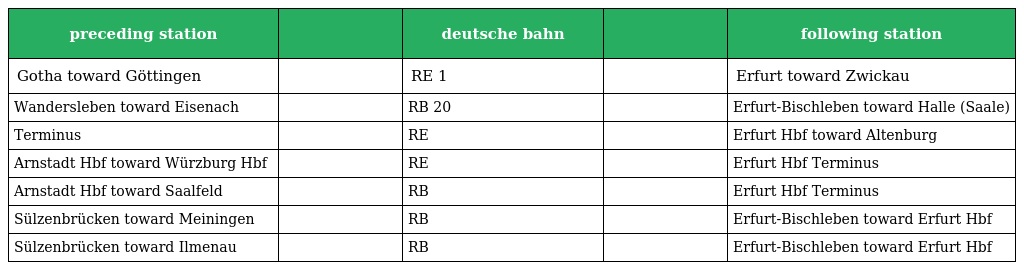
| preceding station |  | deutsche bahn |  | following station |
 | --- | --- | --- | --- | --- |
 | Gotha toward Göttingen |  | RE 1 |  | Erfurt toward Zwickau |
 | Wandersleben toward Eisenach |  | RB 20 |  | Erfurt-Bischleben toward Halle (Saale) |
 | Terminus |  | RE |  | Erfurt Hbf toward Altenburg |
 | Arnstadt Hbf toward Würzburg Hbf |  | RE |  | Erfurt Hbf Terminus |
 | Arnstadt Hbf toward Saalfeld |  | RB |  | Erfurt Hbf Terminus |
 | Sülzenbrücken toward Meiningen |  | RB |  | Erfurt-Bischleben toward Erfurt Hbf |
 | Sülzenbrücken toward Ilmenau |  | RB |  | Erfurt-Bischleben toward Erfurt Hbf |